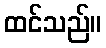
ထင်သည်။